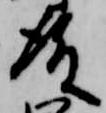
殿